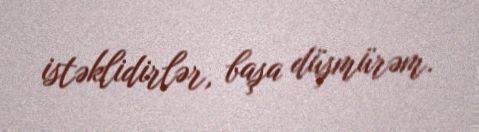
istəklidirlər, başa düşmürəm.